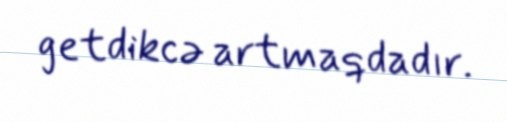
getdikcə artmaqdadır.